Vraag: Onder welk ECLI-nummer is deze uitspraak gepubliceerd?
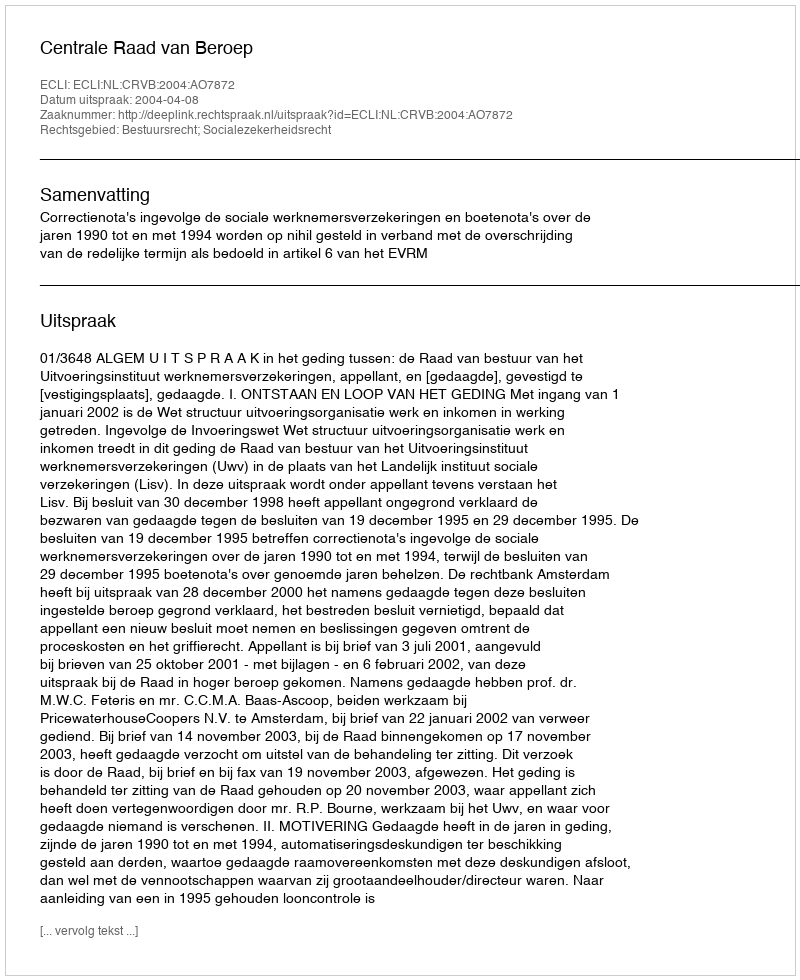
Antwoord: ECLI:NL:CRVB:2004:AO7872